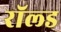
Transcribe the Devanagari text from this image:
रॉल्‍ड